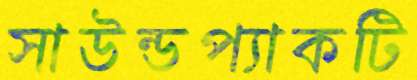
সাউন্ডপ্যাকটি